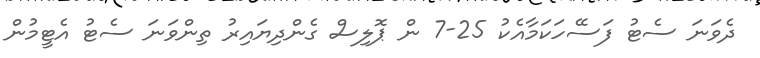
ދެވަނަ ސެޓު ފަސޭހަކަމާއެކު 25-7 ން ޕޮލިސް ގެންދިޔައިރު ތިންވަނަ ސެޓު އެޓީމުން